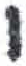
אות: י